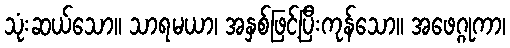
သုံးဆယ်သော။ သာရမယာ၊ အနှစ်ဖြင့်ပြီးကုန်သော။ အဖေဂ္ဂုကာ၊